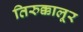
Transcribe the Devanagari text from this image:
तिरुक्कालूर